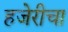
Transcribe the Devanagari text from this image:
हजेरीचा